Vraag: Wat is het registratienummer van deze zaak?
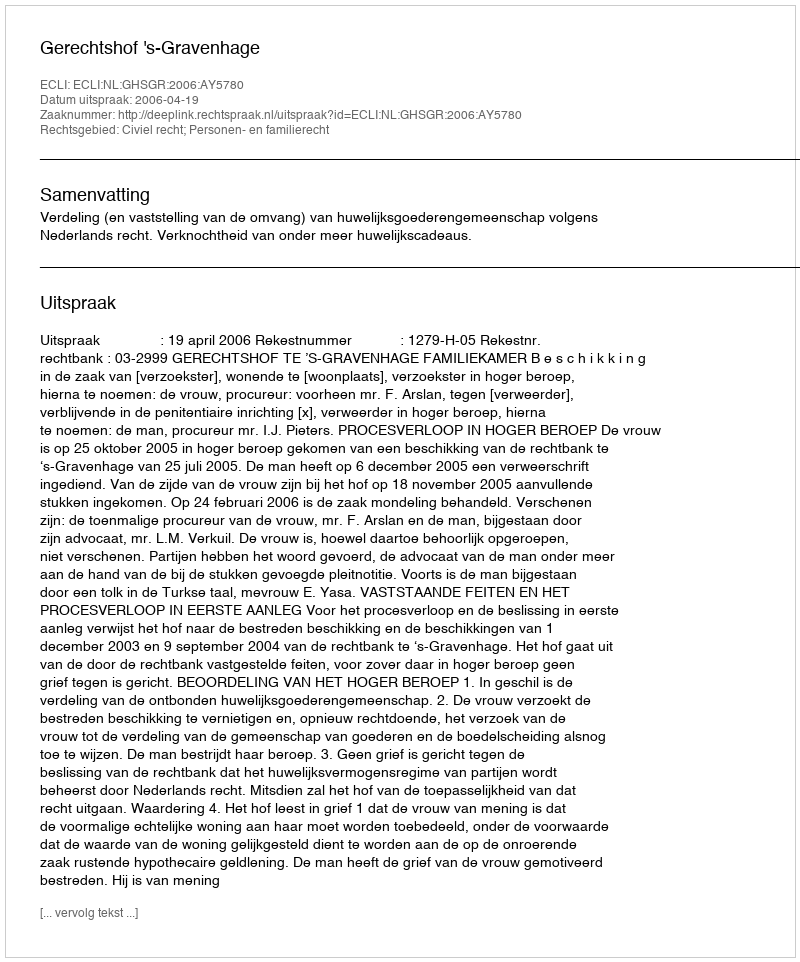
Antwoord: http://deeplink.rechtspraak.nl/uitspraak?id=ECLI:NL:GHSGR:2006:AY5780